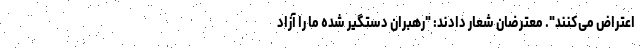
اعتراض می‌کنند". معترضان شعار دادند: "رهبران دستگیر شده ما را آزاد